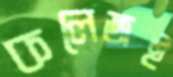
কলেজই